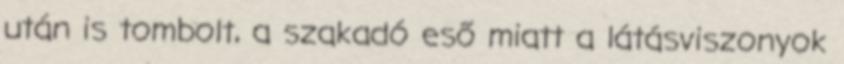
után is tombolt, a szakadó eső miatt a látásviszonyok